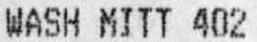
WASH MITT 402